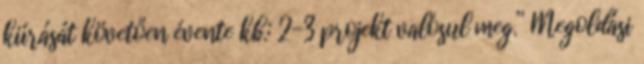
kiírását követően évente kb.: 2-3 projekt valósul meg.” Megoldási